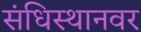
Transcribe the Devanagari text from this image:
संधिस्थानवर